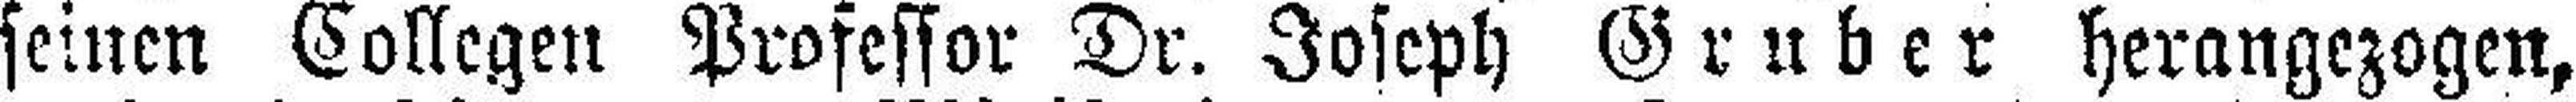
seinen Collegen Professor Dr. Joseph Gruber herangezogen,